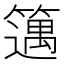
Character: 𥴪